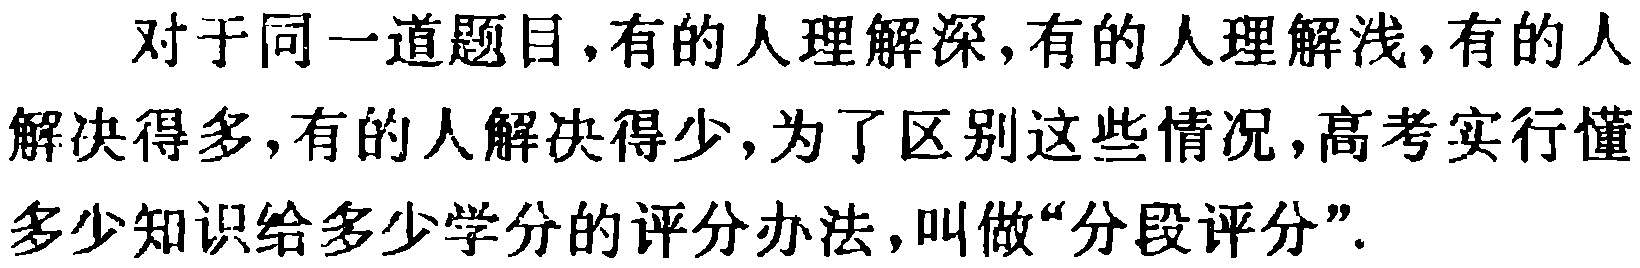
对于同一道题目,有的人理解深,有的人理解浅,有的人解决得多,有的人解决得少,为了区别这些情况,高考实行懂多少知识给多少学分的评分办法,叫做“分段评分”.